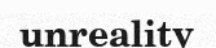
unreality